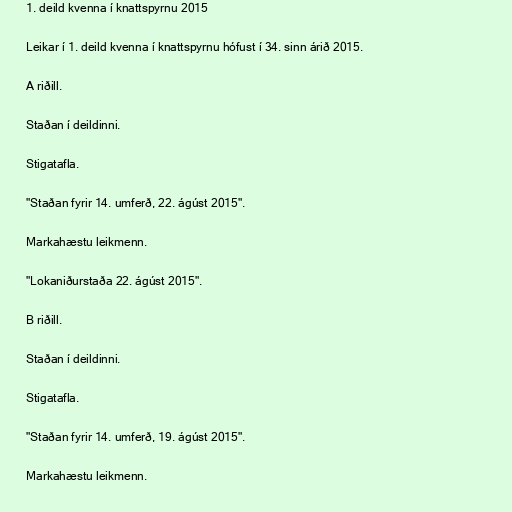
1. deild kvenna í knattspyrnu 2015

Leikar í 1. deild kvenna í knattspyrnu hófust í 34. sinn árið 2015.

A riðill.

Staðan í deildinni.

Stigatafla.

"Staðan fyrir 14. umferð, 22. ágúst 2015".

Markahæstu leikmenn.

"Lokaniðurstaða 22. ágúst 2015".

B riðill.

Staðan í deildinni.

Stigatafla.

"Staðan fyrir 14. umferð, 19. ágúst 2015".

Markahæstu leikmenn.